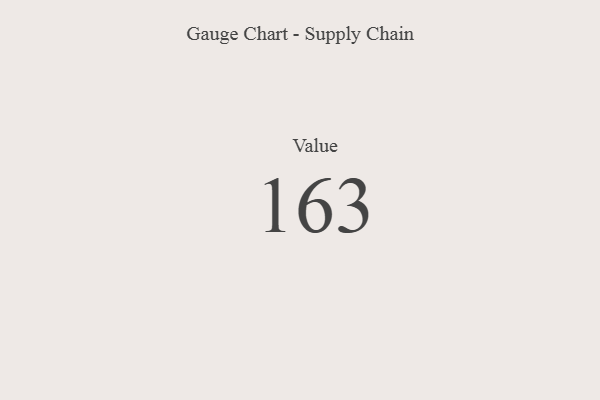
{"axis": {"x": "Metric", "y": "Value"}, "legend": [""], "data": [{"x": "Value", "y": 163, "type": ""}]}